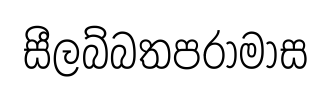
සීලබ්බතපරාමාස